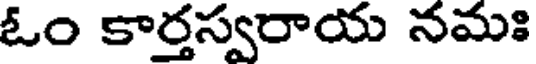
ఓం కార్తస్వరాయ నమః